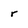
Character: r